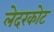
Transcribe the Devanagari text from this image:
लेदरकोट